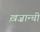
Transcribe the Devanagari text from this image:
ख़ज़ान्ची